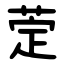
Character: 萣